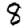
Digit: 8